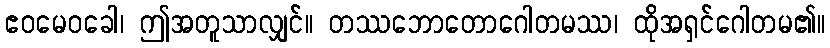
ဧဝမေဝခေါ၊ ဤအတူသာလျှင်။ တဿဘောတောဂေါတမဿ၊ ထိုအရှင်ဂေါတမ၏။